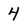
Character: 4